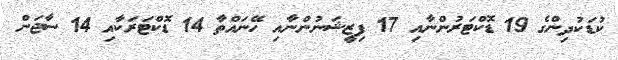
ކުޑަކުދިންގެ 19 ޑޮކްޓަރުންނާއި 17 ފިޒީޝަނުންނާއި ހޭނައްތާ 14 ޑޮކްޓަރަކާއި 14 ސާޖަން